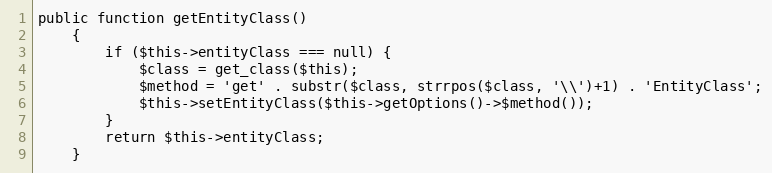
Language: PHP
public function getEntityClass()
    {
        if ($this->entityClass === null) {
            $class = get_class($this);
            $method = 'get' . substr($class, strrpos($class, '\\')+1) . 'EntityClass';
            $this->setEntityClass($this->getOptions()->$method());
        }
        return $this->entityClass;
    }